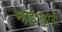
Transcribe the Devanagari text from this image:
म्हाइंभट्टांनी